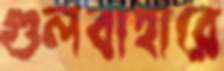
গুলবাহারে